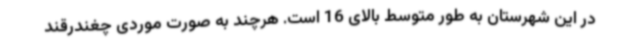
در این شهرستان به طور متوسط بالای 16 است. هرچند به صورت موردی چغندرقند